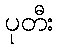
ပုတီး